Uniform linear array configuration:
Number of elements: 24
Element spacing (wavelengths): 0.5
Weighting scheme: exponential
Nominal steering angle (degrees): -15
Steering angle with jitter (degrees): -15.113
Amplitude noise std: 0.05
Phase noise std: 0.05

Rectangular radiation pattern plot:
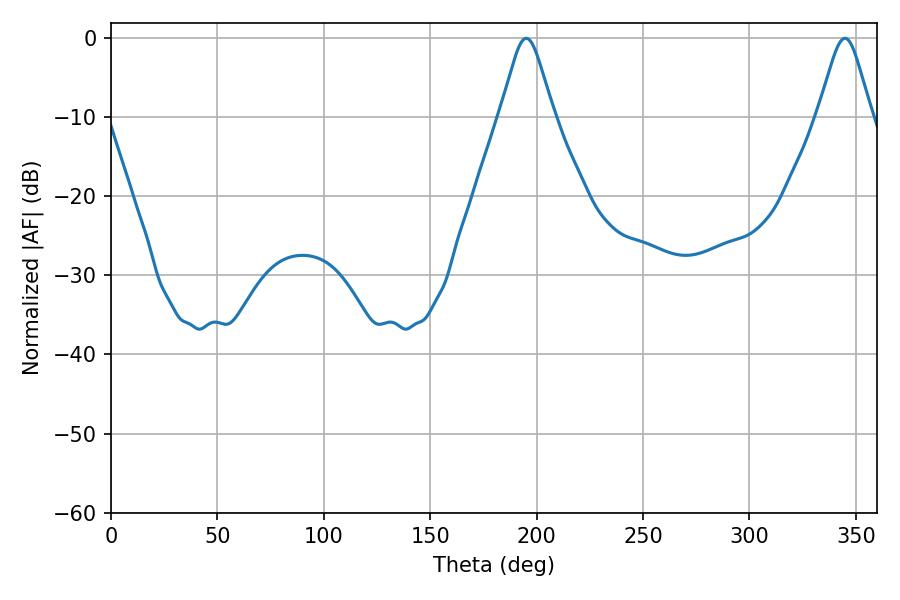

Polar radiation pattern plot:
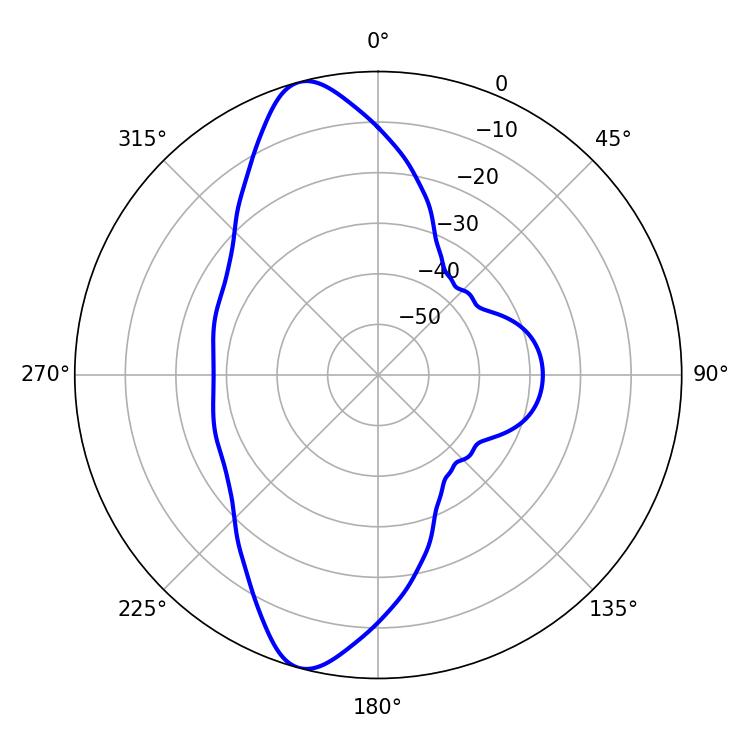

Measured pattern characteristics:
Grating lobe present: FALSE
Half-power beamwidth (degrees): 12.06
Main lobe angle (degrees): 195.12